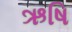
ઋષિ